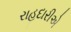
રાહદારીએ